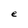
Character: e